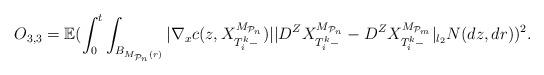
LaTeX: \begin{align*}O_{3,3}=\mathbb{E} (\int_0^t\int_{B_{M_{{\mathcal{P}}_n}(r)}}\vert \nabla_x{c}(z,{X}^{M_{{\mathcal{P}}_n}}_{{T}_{i}^{k}-})\vert\vert D^Z{X}^{M_{{\mathcal{P}}_n}}_{{T} _{i}^{k}-}-D^Z{X}^{M_{{\mathcal{P}} _m}}_{{T}_{i}^{k}-}\vert_{l_2}N(dz,dr))^2.\end{align*}